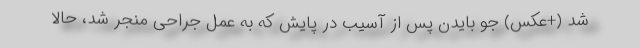
شد (+عکس) جو بایدن پس از آسیب در پایش که به عمل جراحی منجر شد، حالا